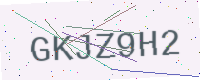
Text: GKJZ9H2